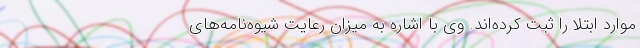
موارد ابتلا را ثبت کرده‌اند. وی با اشاره به میزان رعایت شیوه‌نامه‌های